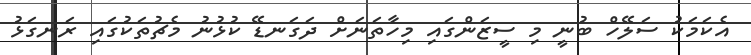
އެކަމަކު ސަލޭހް ބުނީ މި ސީޒަންގައި މިހާތަނަށް ދަގަނޑޭ ކުޅުނު މެޗުތަކުގައި ރަނގަޅު